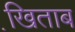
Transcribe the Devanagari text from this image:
खि़ताब